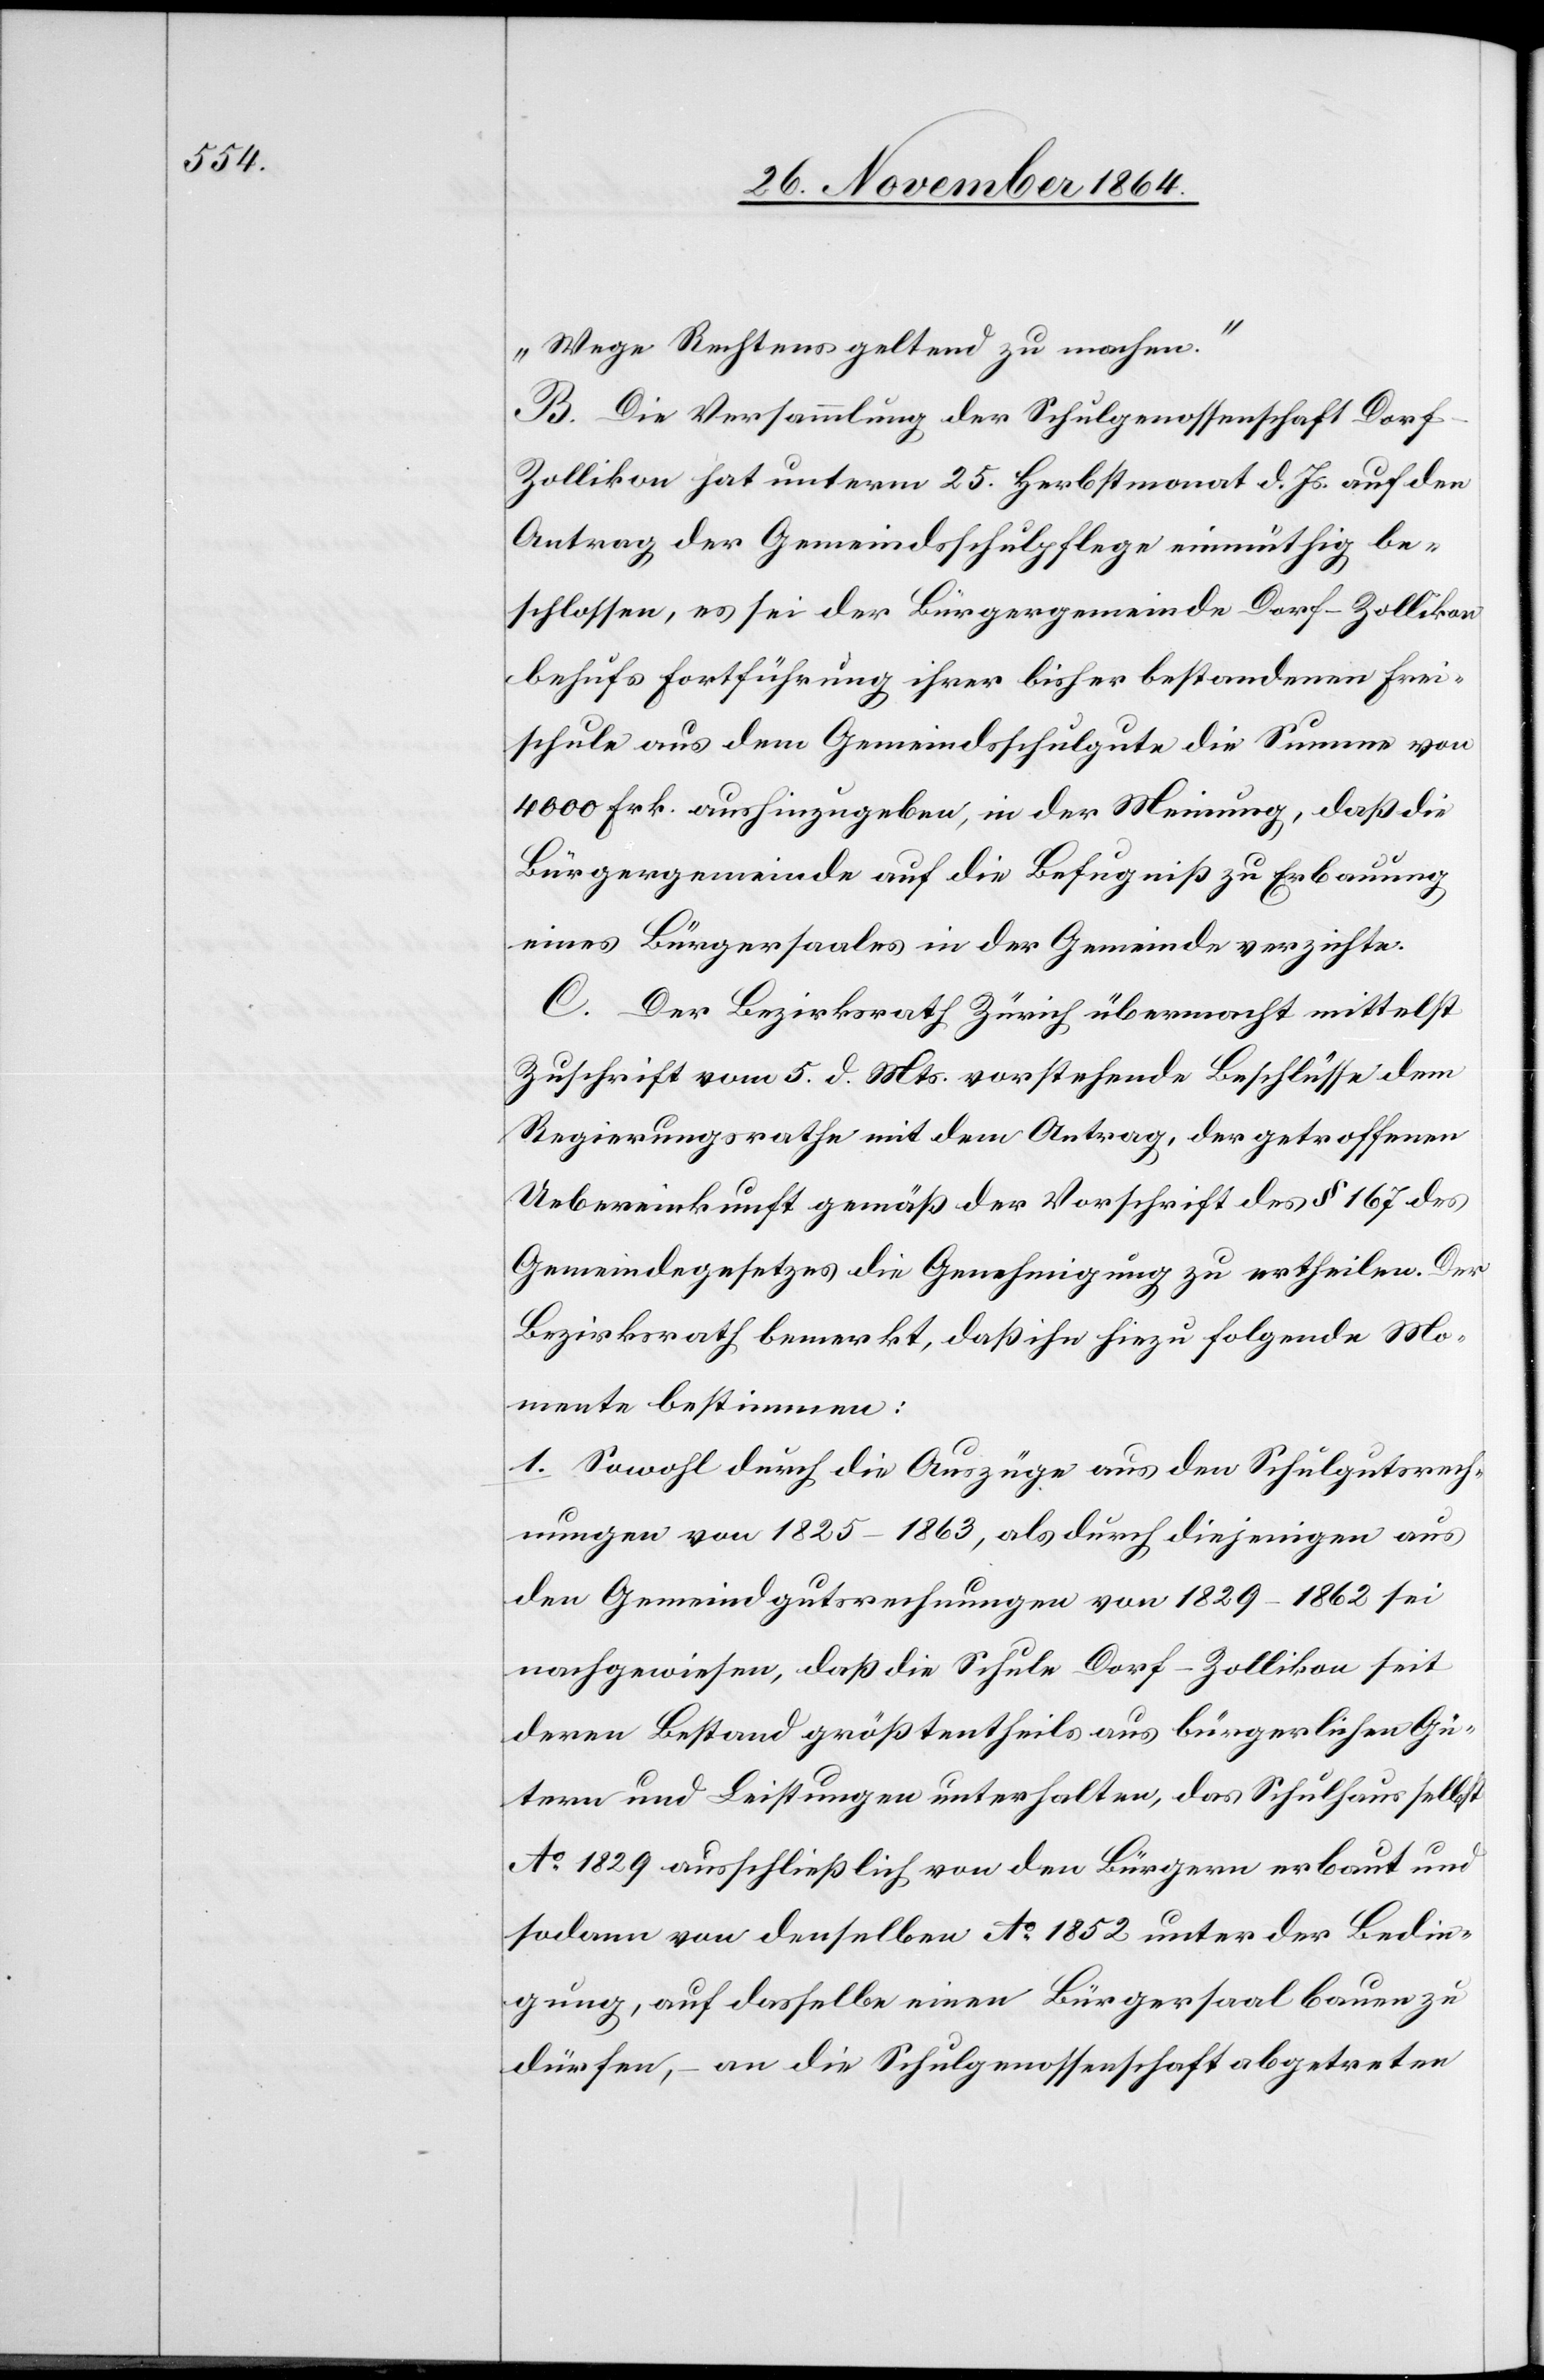
Wege Rechtens geltend zu machen.“
B. Die Versammlung der Schulgenossenschaft Dor¬
f-Zollikon hat unterm 25. Herbstmonat d. Js. auf den
Antrag der Gemeindsschulpflege einmüthig be¬
schlossen, es sei der Bürgergemeinde Dorf-Zollikon
behufs Fortführung ihrer bisher bestandenen Frei¬
schule aus dem Gemeindsschulgute die Summe von
4000 Frk. aushinzugeben, in der Meinung, daß die
Bürgergemeinde auf die Befugniß zu Erbauung
eines Bürgersaales in der Gemeinde verzichte.
C. Der Bezirksrath Zürich übermacht mittelst
Zuschrift vom 5. d. Mts. vorstehende Beschlüsse dem
Regierungsrathe mit dem Antrag, der getroffenen
Uebereinkunft gemäß der Vorschrift des § 167 des
Gemeindegesetzes die Genehmigung zu ertheilen. Der
Bezirksrath bemerkt, daß ihn hiezu folgende Mo¬
mente bestimmen:
1. Sowohl durch die Auszüge aus den Schulgutsrech¬
nungen von 1825–1863, als durch diejenigen aus
den Gemeindgutsrechnungen von 1829–1862 sei
nachgewiesen, daß die Schule Dorf-Zollikon seit
deren Bestand größtentheils aus bürgerlichen Gü¬
tern und Leistungen unterhalten, das Schulhause selbst
Ao 1829 ausschließlich von den Bürgern erbaut und
sodann von denselben Ao 1852 unter der Bedin¬
gung, auf dasselbe einen Bürgersaal bauen zu
dürfen, – an die Schulgenossenschaft abgetreten